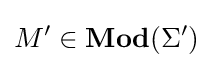
M'\in \mathbf {Mod} (\Sigma ')